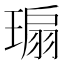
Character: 𬎁